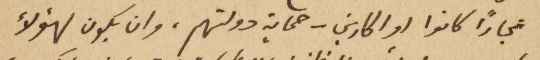
تجاراً كانوا او اكارين – حماية دولتهم، وان يكون لهؤلاء